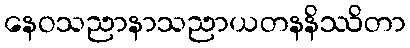
နေဝသညာနာသညာယတနနိဿိတာ